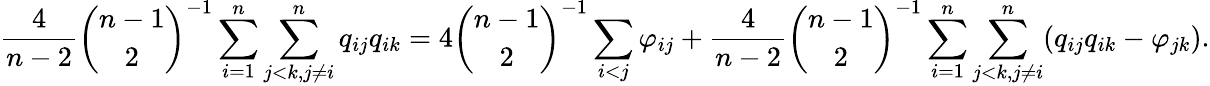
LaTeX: \frac{4}{n-2}\binom{n-1}{2}^{-1}\sum_{i=1}^{n}\sum_{j<k,j\neq i}^{n}q_{ij}q_{ik}=4\binom{n-1}{2}^{-1}\sum_{i<j}\varphi_{ij}+\frac{4}{n-2}\binom{n-1}{2}^{-1}\sum_{i=1}^{n}\sum_{j<k,j\neq i}^{n}(q_{ij}q_{ik}-\varphi_{jk}).